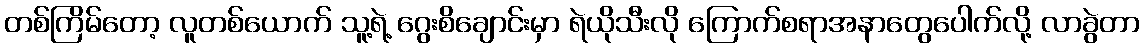
တစ်ကြိမ်တော့ လူတစ်ယောက် သူ့ရဲ့ ဂွေးစိချောင်းမှာ ရဲယိုသီးလို ကြောက်စရာအနာတွေပေါက်လို့ လာခွဲတာ